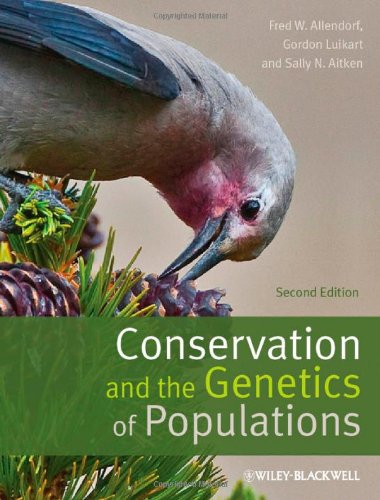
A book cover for Conservation and the Genetics of Populations; Fred W. Allendorf; Science & Math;